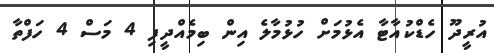
އުރީދޫ ހެޑްކުއާޓާ އެޅުމަށް ހުޅުމާލެ އިން ބިމެއްދީފި 4 މަސް 4 ހަފްތާ